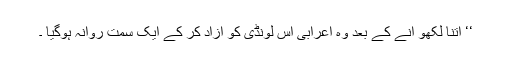
‘‘ اتنا لکھو انے کے بعد وہ اعرابی اس لونڈی کو آزاد کر کے ایک سمت روانہ ہوگیا ۔